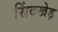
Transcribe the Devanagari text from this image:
सिंदखेड़